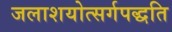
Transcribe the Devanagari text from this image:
जलाशयोत्सर्गपद्धति